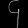
Digit: ၄